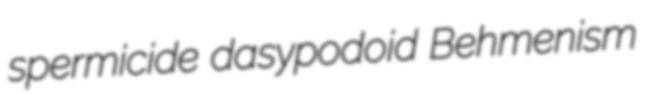
spermicide dasypodoid Behmenism